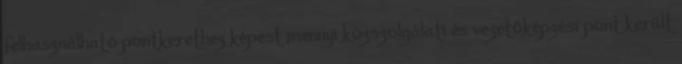
felhasználható pontkerethez képest mennyi közszolgálati és vezetőképzési pont került